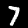
Digit: 7